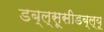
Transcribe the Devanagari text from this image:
डब्ल्सूसीडब्ल्यू